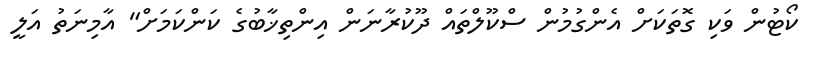
ކޯޓުން ވަކި ގޮތަކަށް އެންގުމުން ސްކޫލްތައް ދޫކުރާނަން އިންތިޚާބުގެ ކަންކަމަށް" އާމިނަތު އަލީ